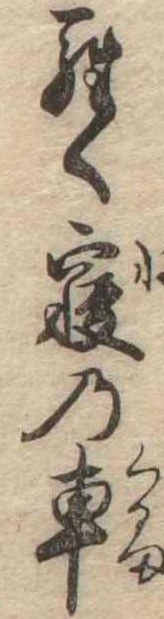
らく寝の車